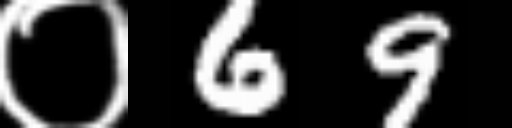
Text: ०69